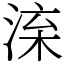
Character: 㳿